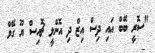
"ސޮރީ ބޭބް އައި ދިސް އިޒް ދި އޮންލީ ޗޮއިސް ޔޫ ގޭވް